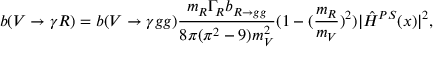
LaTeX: b ( V \rightarrow \gamma R ) = b ( V \rightarrow \gamma g g ) \frac { m _ { R } \Gamma _ { R } b _ { R \rightarrow g g } } { 8 \pi ( \pi ^ { 2 } - 9 ) m _ { V } ^ { 2 } } ( 1 - ( \frac { m _ { R } } { m _ { V } } ) ^ { 2 } ) | { \hat { \cal H } } ^ { P S } ( x ) | ^ { 2 } ,